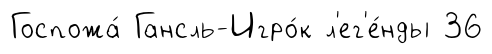
Госпожа́ Гансль-Игро́к л'ег'е́нды 36